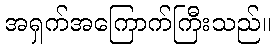
အရှက်အကြောက်ကြီးသည်။